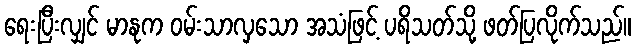
ရေးပြီးလျှင် မာနုက ဝမ်းသာလှသော အသံဖြင့် ပရိသတ်သို့ ဖတ်ပြလိုက်သည်။